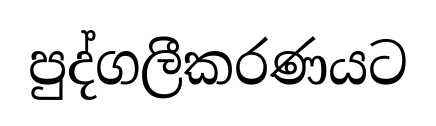
පුද්ගලීකරණයට